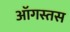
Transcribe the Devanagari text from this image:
ऑगस्तस